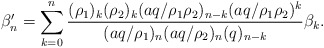
\begin{align*} \beta'_n = \sum_{k=0}^n\frac{(\rho_1)_k(\rho_2)_k(aq/\rho_1 \rho_2)_{n-k} (aq/\rho_1 \rho_2)^k}{(aq/\rho_1)_n(aq/\rho_2)_n(q)_{n-k}} \beta_k.\end{align*}